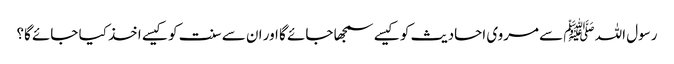
رسول اللہ ﷺ سے مروی احادیث کو کیسے سمجھا جائے گا اور ان سے سنت کو کیسے اخذ کیا جائے گا؟